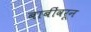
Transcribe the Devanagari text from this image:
बाबींवरून